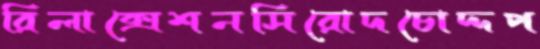
রিলাক্সেশনসিরোদচোদ্দপ